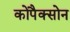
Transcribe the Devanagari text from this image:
कोपैक्सोन